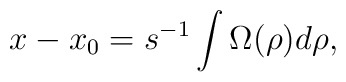
x-x_0=s^{-1} \int \Omega(\rho) d\rho ,